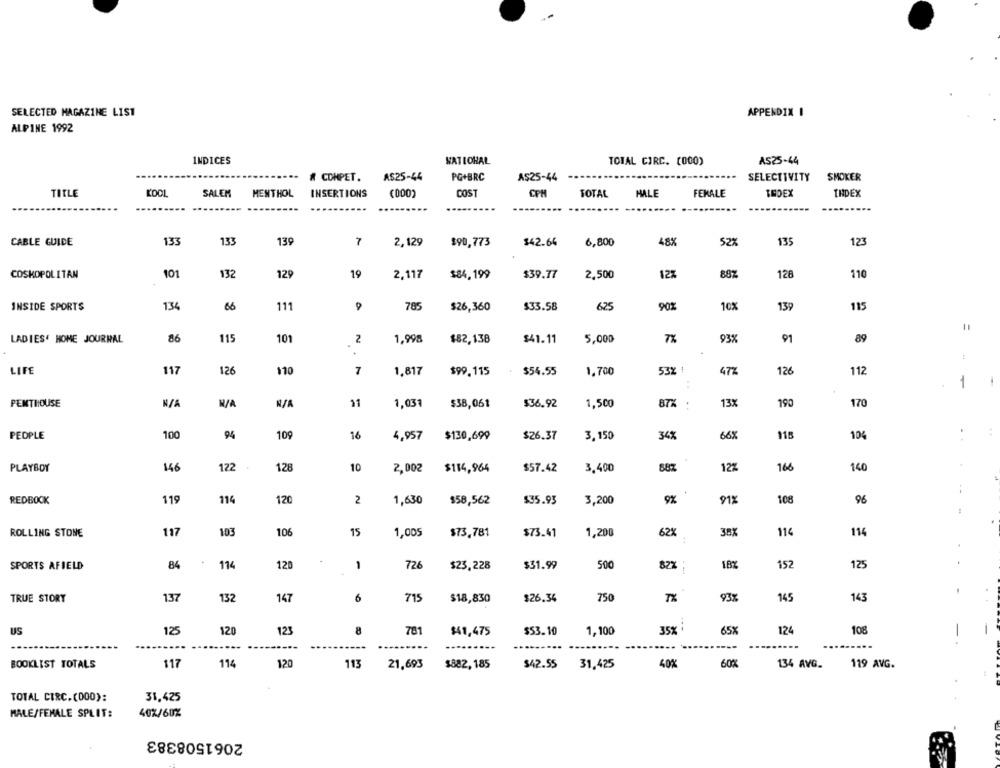
SELECTED MAGAZINE LIST
APPENDIX I
ALPINE 1992
INDICES
NATIONAL
TOTAL CIRC. (000)
AS25-44
A COMPET.
A$25-44
PG+BRC
SMOKER
A$25-44
SELECTIVITY
TITLE
SALEM
INSERTIONS
COST
CPH
MALE
FEMALE
INDEX
THDEX
MENTHOL
(000)
TOTAL
CABLE GUIDE
133
133
139
7
2,129
$90,773
$42.64
6,800
48%
52%
135
123
COSMOPOLITAN
101
132
129
19
2,117
$84,199
$39.77
2,500
12%
88%
128
110
INSIDE SPORTS
134
66
111
785
$26,360
$33.58
625
90%
10%
139
115
=
86
115
101
2
$41.11
7%
93%
01
89
LADIES' HOME JOURNAL
1,998
$82,138
5,000
.
53% !
LIFE
117
126
110
7
1,817
$99.115
$54.55
1,700
472
126
112
1
PENTHOUSE
11
1,031
$38,061
$36.92
1,500
87% .
13%
190
170
PEOPLE
100
94
109
16
4,957
$130,699
$26.37
3,150
34%
66%
115
104
:
PLAYBOY
146
122
128
10
2,002
$114,964
$57.42
3,400
88%
12%
166
140
REDBOOK
119
114
120
2
1,630
$35.93
3,200
9%
91%
108
$58,562
96
103
106
15
38X
114
ROLLING STONE
117
1,005
$73,781
$73.41
1,200
62%
114
SPORTS AFIELD
84
114
120
1
726
$23,228
$31.99
500
82%
18%
152
125
TRUE STORY
137
132
147
6
715
$18,830
$26.34
750
TX
93%
145
143
123
8
781
35%
65%
124
108
US
125
120
$41,475
$53.10
1,100
BOOKLIST TOTALS
117
114
120
113
21,693
$882, 185
$42.55
31.425
40%
60%
134 AVG.
119 AVG.
TOTAL CIRC.(000):
31,425
MALE/FEMALE SPLIT:
402/60%
2061508383